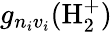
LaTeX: g_{n_{i}v_{i}}(\mathrm{H}_{2}^{+})